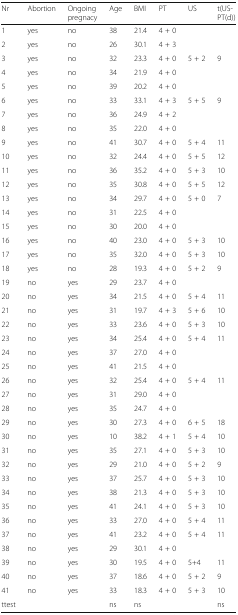
<table><thead><tr><td><b>Nr</b></td><td><b>Abortion</b></td><td><b>Ongoing pregnacy</b></td><td><b>Age</b></td><td><b>BMI</b></td><td><b>PT</b></td><td><b>US</b></td><td><b>t(US-PT(d))</b></td></tr></thead><tbody><tr><td>1</td><td>yes</td><td>no</td><td>38</td><td>21.4</td><td>4 + 0</td><td></td><td></td></tr><tr><td>2</td><td>yes</td><td>no</td><td>26</td><td>30.1</td><td>4 + 3</td><td></td><td></td></tr><tr><td>3</td><td>yes</td><td>no</td><td>32</td><td>23.3</td><td>4 + 0</td><td>5 + 2</td><td>9</td></tr><tr><td>4</td><td>yes</td><td>no</td><td>34</td><td>21.9</td><td>4 + 0</td><td></td><td></td></tr><tr><td>5</td><td>yes</td><td>no</td><td>39</td><td>20.2</td><td>4 + 0</td><td></td><td></td></tr><tr><td>6</td><td>yes</td><td>no</td><td>33</td><td>33.1</td><td>4 + 3</td><td>5 + 5</td><td>9</td></tr><tr><td>7</td><td>yes</td><td>no</td><td>36</td><td>24.9</td><td>4 + 2</td><td></td><td></td></tr><tr><td>8</td><td>yes</td><td>no</td><td>35</td><td>22.0</td><td>4 + 0</td><td></td><td></td></tr><tr><td>9</td><td>yes</td><td>no</td><td>41</td><td>30.7</td><td>4 + 0</td><td>5 + 4</td><td>11</td></tr><tr><td>10</td><td>yes</td><td>no</td><td>32</td><td>24.4</td><td>4 + 0</td><td>5 + 5</td><td>12</td></tr><tr><td>11</td><td>yes</td><td>no</td><td>36</td><td>35.2</td><td>4 + 0</td><td>5 + 3</td><td>10</td></tr><tr><td>12</td><td>yes</td><td>no</td><td>35</td><td>30.8</td><td>4 + 0</td><td>5 + 5</td><td>12</td></tr><tr><td>13</td><td>yes</td><td>no</td><td>34</td><td>29.7</td><td>4 + 0</td><td>5 + 0</td><td>7</td></tr><tr><td>14</td><td>yes</td><td>no</td><td>31</td><td>22.5</td><td>4 + 0</td><td></td><td></td></tr><tr><td>15</td><td>yes</td><td>no</td><td>30</td><td>20.0</td><td>4 + 0</td><td></td><td></td></tr><tr><td>16</td><td>yes</td><td>no</td><td>40</td><td>23.0</td><td>4 + 0</td><td>5 + 3</td><td>10</td></tr><tr><td>17</td><td>yes</td><td>no</td><td>35</td><td>32.0</td><td>4 + 0</td><td>5 + 3</td><td>10</td></tr><tr><td>18</td><td>yes</td><td>no</td><td>28</td><td>19.3</td><td>4 + 0</td><td>5 + 2</td><td>9</td></tr><tr><td>19</td><td>no</td><td>yes</td><td>29</td><td>23.7</td><td>4 + 0</td><td></td><td></td></tr><tr><td>20</td><td>no</td><td>yes</td><td>34</td><td>21.5</td><td>4 + 0</td><td>5 + 4</td><td>11</td></tr><tr><td>21</td><td>no</td><td>yes</td><td>31</td><td>19.7</td><td>4 + 3</td><td>5 + 6</td><td>10</td></tr><tr><td>22</td><td>no</td><td>yes</td><td>33</td><td>23.6</td><td>4 + 0</td><td>5 + 3</td><td>10</td></tr><tr><td>23</td><td>no</td><td>yes</td><td>34</td><td>25.4</td><td>4 + 0</td><td>5 + 4</td><td>11</td></tr><tr><td>24</td><td>no</td><td>yes</td><td>37</td><td>27.0</td><td>4 + 0</td><td></td><td></td></tr><tr><td>25</td><td>no</td><td>yes</td><td>41</td><td>21.5</td><td>4 + 0</td><td></td><td></td></tr><tr><td>26</td><td>no</td><td>yes</td><td>32</td><td>25.4</td><td>4 + 0</td><td>5 + 4</td><td>11</td></tr><tr><td>27</td><td>no</td><td>yes</td><td>31</td><td>29.0</td><td>4 + 0</td><td></td><td></td></tr><tr><td>28</td><td>no</td><td>yes</td><td>35</td><td>24.7</td><td>4 + 0</td><td></td><td></td></tr><tr><td>29</td><td>no</td><td>yes</td><td>30</td><td>27.3</td><td>4 + 0</td><td>6 + 5</td><td>18</td></tr><tr><td>30</td><td>no</td><td>yes</td><td>10</td><td>38.2</td><td>4 + 1</td><td>5 + 4</td><td>10</td></tr><tr><td>31</td><td>no</td><td>yes</td><td>35</td><td>27.1</td><td>4 + 0</td><td>5 + 3</td><td>10</td></tr><tr><td>32</td><td>no</td><td>yes</td><td>29</td><td>21.0</td><td>4 + 0</td><td>5 + 2</td><td>9</td></tr><tr><td>33</td><td>no</td><td>yes</td><td>37</td><td>25.7</td><td>4 + 0</td><td>5 + 3</td><td>10</td></tr><tr><td>34</td><td>no</td><td>yes</td><td>38</td><td>21.3</td><td>4 + 0</td><td>5 + 3</td><td>10</td></tr><tr><td>35</td><td>no</td><td>yes</td><td>41</td><td>24.1</td><td>4 + 0</td><td>5 + 3</td><td>10</td></tr><tr><td>36</td><td>no</td><td>yes</td><td>33</td><td>27.0</td><td>4 + 0</td><td>5 + 4</td><td>11</td></tr><tr><td>37</td><td>no</td><td>yes</td><td>41</td><td>23.2</td><td>4 + 0</td><td>5 + 4</td><td>11</td></tr><tr><td>38</td><td>no</td><td>yes</td><td>29</td><td>30.1</td><td>4 + 0</td><td></td><td></td></tr><tr><td>39</td><td>no</td><td>yes</td><td>30</td><td>19.5</td><td>4 + 0</td><td>5+4</td><td>11</td></tr><tr><td>40</td><td>no</td><td>yes</td><td>37</td><td>18.6</td><td>4 + 0</td><td>5 + 2</td><td>9</td></tr><tr><td>41</td><td>no</td><td>yes</td><td>33</td><td>18.3</td><td>4 + 0</td><td>5 + 3</td><td>10</td></tr><tr><td>ttest</td><td></td><td></td><td>ns</td><td>ns</td><td></td><td></td><td>ns</td></tr></tbody></table>